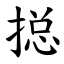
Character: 搃